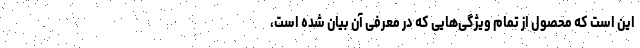
این است که محصول از تمام ویژگی‌هایی که در معرفی آن بیان شده است،